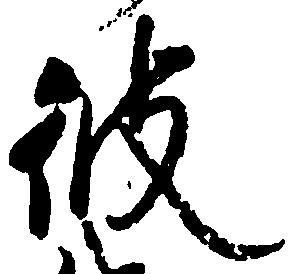
彼